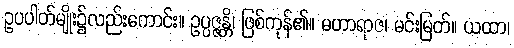
ဥပပါတ်မျိုး၌လည်းကောင်း။ ဥပ္ပဇ္ဇန္တိ၊ ဖြစ်ကုန်၏။ မဟာရာဇ၊ မင်းမြတ်။ ယထာ၊